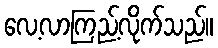
လေ့လာကြည့်လိုက်သည်။